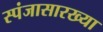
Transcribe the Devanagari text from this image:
स्पंजासारख्या